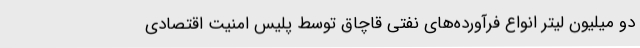
دو میلیون لیتر انواع فرآورده‌های نفتی قاچاق توسط پلیس امنیت اقتصادی